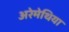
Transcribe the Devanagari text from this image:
अरेमेथिया